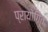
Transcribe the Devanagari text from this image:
प्रायोगित